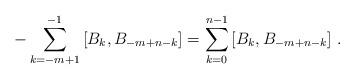
LaTeX: \begin{align*}-\sum_{k=-m+1}^{-1} \left[B_k,B_{-m+n-k}\right] = \sum_{k=0}^{n-1} \left[B_k,B_{-m+n-k}\right] \,.\end{align*}